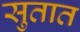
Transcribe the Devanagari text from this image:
सुतात